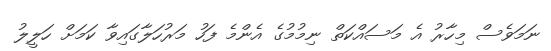
ނަމަވެސް މިހާރު އެ މަސައްކަތް ނިމުމުގެ އެންމެ ފަހު މަރުހަލާގައިވާ ކަމަށް ހަލީލު